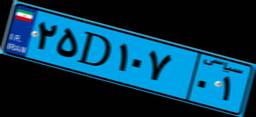
۲۵D۱۰۷۰۱